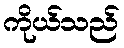
ကိုယ်သည်